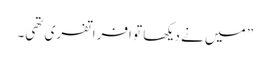
” میں نے دیکھا تو افراتفری تھی۔